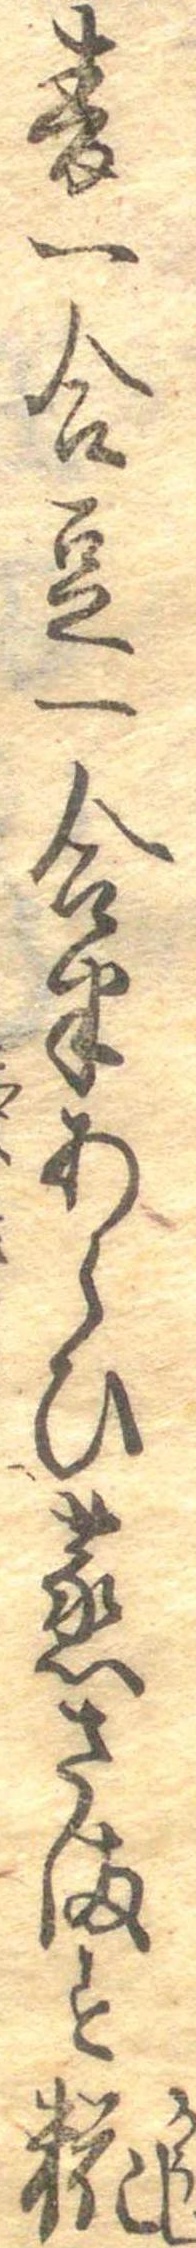
麦一合豆一合半あらひ蒸さます糀